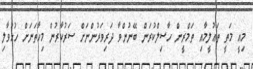
މިއީ މަތީ ތަޢުލީމާއި ތަމްރީން ހާސިލްކުރަން ބޭނުންވާ ދަރިވަރުންނަށް ސަރުކާރުން މިހާތަނަށް ހުޅުވާލި